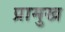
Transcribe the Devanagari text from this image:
प्रामुख